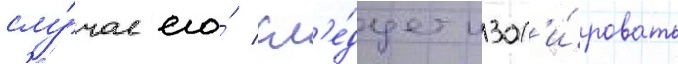
слу́чае его́ сл'е́дует изол'и́ровать